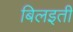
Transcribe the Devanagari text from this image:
बिलइती